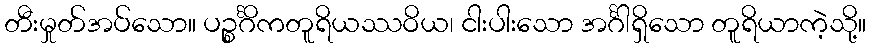
တီးမှုတ်အပ်သော။ ပဉ္စင်္ဂိကတူရိယဿဝိယ၊ ငါးပါးသော အင်္ဂါရှိသော တူရိယာကဲ့သို့။